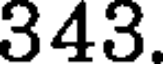
343.